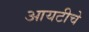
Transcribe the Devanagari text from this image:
आयटीचे